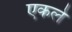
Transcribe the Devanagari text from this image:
एकले